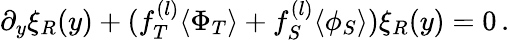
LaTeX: \partial_{y}\xi_{R}(y)+(f_{T}^{(l)}\langle\Phi_{T}\rangle+f_{S}^{(l)}\langle\phi_{S}\rangle)\xi_{R}(y)=0\, .